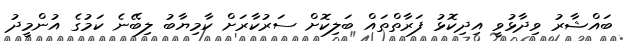
ބައްޝާރު ވިދާޅުވީ އިދިކޮޅު ފަރާތްތައް ބަލިކޮށް ސަރުކާރަށް ކާމިޔާބު ލިބޭނެ ކަމުގެ އުންމީދު